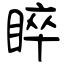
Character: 睟